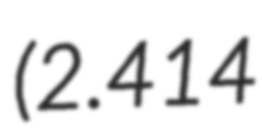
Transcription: (2.414